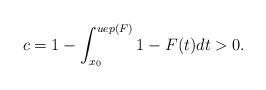
LaTeX: \begin{align*}c=1 - \int_{x_0}^{uep(F)} 1-F(t) dt>0. \end{align*}